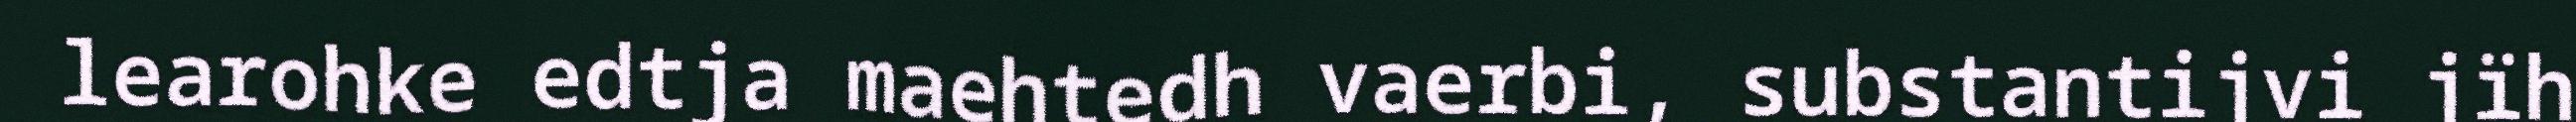
learohke edtja maehtedh vaerbi, substantijvi jïh